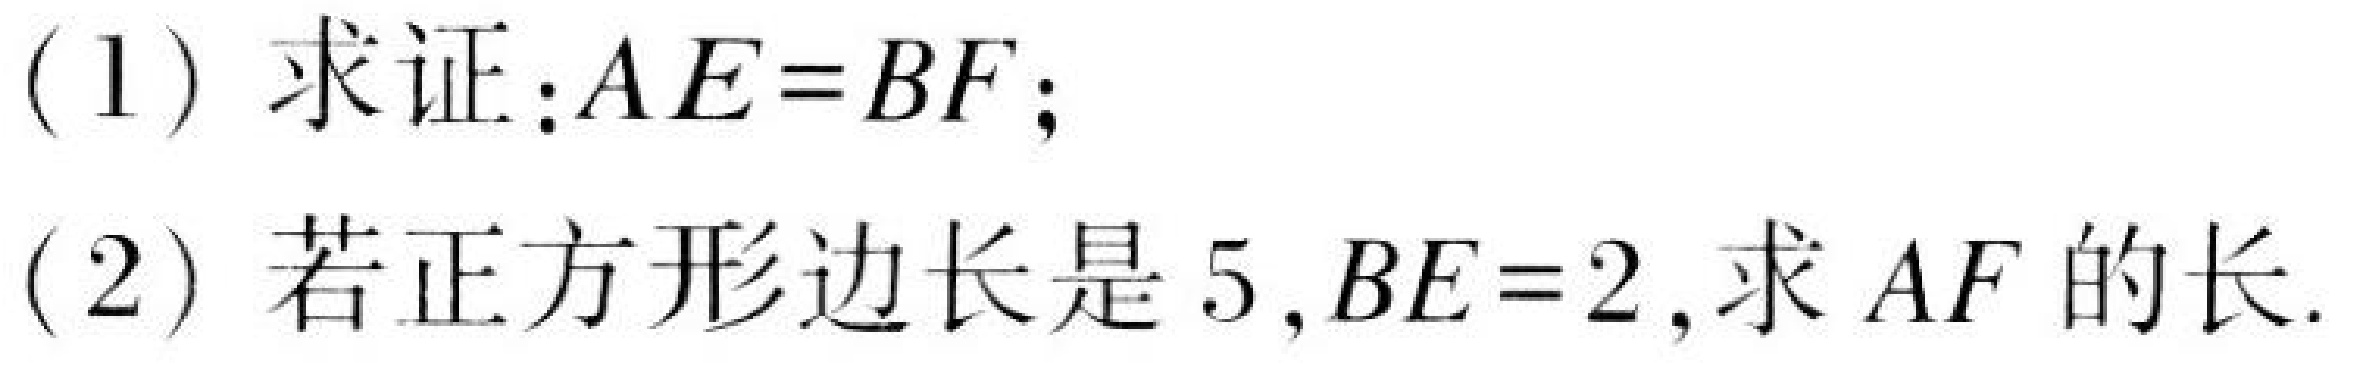
(1) 求证：\(AE = BF\)；
(2) 若正方形边长是\(5\), \(BE = 2\),求\(AF\)的长.